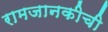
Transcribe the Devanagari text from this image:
रामजानकीची